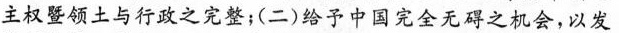
主权暨领土与行政之完整；(二)给予中国完全无碍之机会，以发